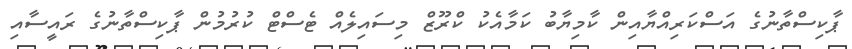
ޕާކިސްތާނުގެ އަސްކަރިއްޔާއިން ކާމިޔާބު ކަމާއެކު ކްރޫޒް މިސައިލެއް ޓެސްޓް ކުރުމުން ޕާކިސްތާނުގެ ރައީސާއި